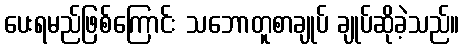
ပေးရမည်ဖြစ်ကြောင်း သဘောတူစာချုပ် ချုပ်ဆိုခဲ့သည်။